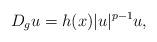
LaTeX: \begin{align*}D_{g}u=h(x)|u|^{p-1}u,\end{align*}